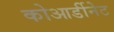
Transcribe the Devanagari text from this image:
कोआर्डीनेट